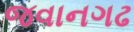
જવાનગઢ